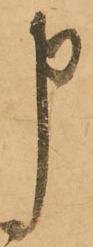
申